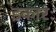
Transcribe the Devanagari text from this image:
इकारः